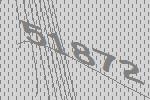
51872